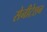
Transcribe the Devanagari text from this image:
सेनीटेशन